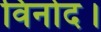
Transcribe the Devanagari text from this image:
विनोद।